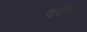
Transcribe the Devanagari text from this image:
कांटेधोत्रा